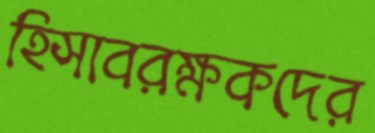
হিসাবরক্ষকদের